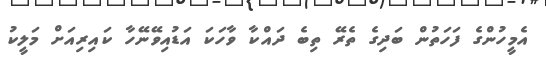
އެމީހުންގެ ފަހަތުން ބަދިގެ ތެރޭ ތިބެ ދައްކާ ވާހަކަ އަޑުއިވޭނޭހާ ކައިރިއަށް މަލީކު